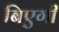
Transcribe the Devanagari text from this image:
बिएगी